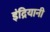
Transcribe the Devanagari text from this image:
इंद्रियानी